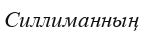
Силлиманның